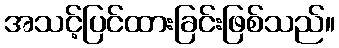
အသင့်ပြင်ထားခြင်းဖြစ်သည်။